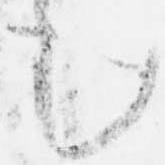
む